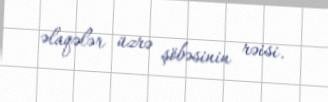
əlaqələr üzrə şöbəsinin rəisi.